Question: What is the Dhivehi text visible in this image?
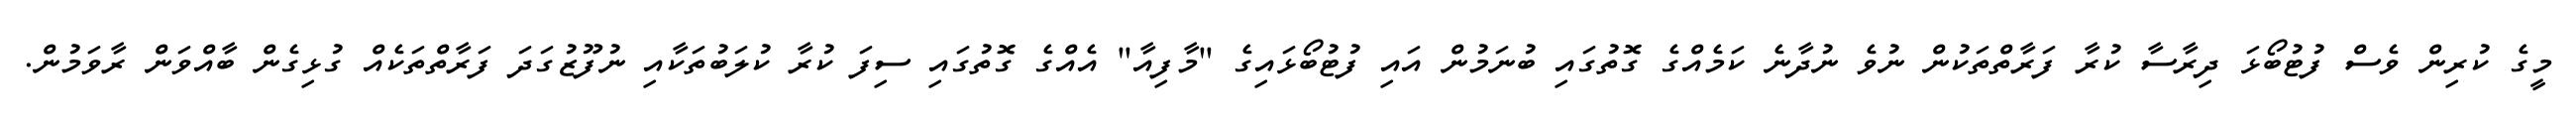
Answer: މީގެ ކުރިން ވެސް ފުޓުބޯޅަ ދިރާސާ ކުރާ ފަރާތްތަކުން ނުވެ ނުދާނެ ކަމެއްގެ ގޮތުގައި ބުނަމުން އައި ފުޓުބޯޅައިގެ "މާފިއާ" އެއްގެ ގޮތުގައި ސިފަ ކުރާ ކުލަބުތަކާއި ނުފޫޒުގަދަ ފަރާތްތަކެއް ގުޅިގެން ބާއްވަން ރާވަމުން.